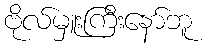
ဗိုလ်မှူးကြီးနော်ဘူ